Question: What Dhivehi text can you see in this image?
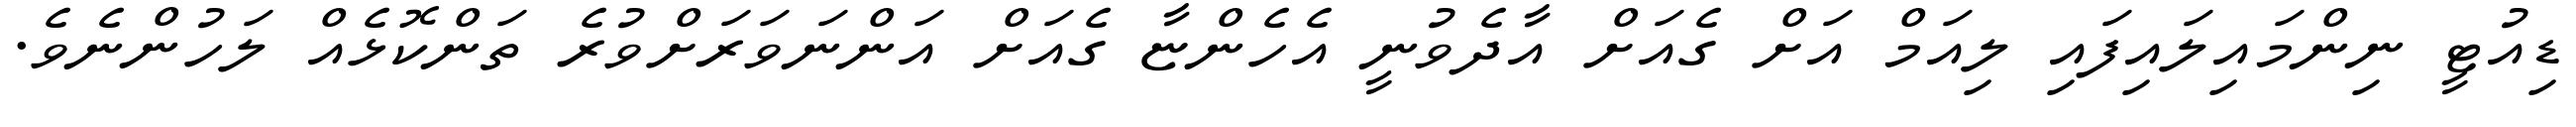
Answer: ޑިއުޓީ ނިންމައިލައިފައި ލިއަމް އަށް ގެއަށް އާދެވުނީ އެހެންޏާ ގެއަށް އަންނަވަރަށްވުރެ ތަންކޮޅެއް ލަހުންނެވެ.